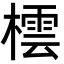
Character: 橒